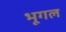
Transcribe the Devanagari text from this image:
भूगल